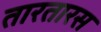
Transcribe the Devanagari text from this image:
तारतारस